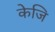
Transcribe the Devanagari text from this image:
केजि